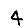
Digit: 4